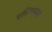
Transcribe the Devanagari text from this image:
एलिचपूरला